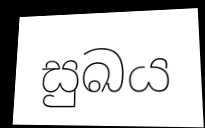
සුඛය